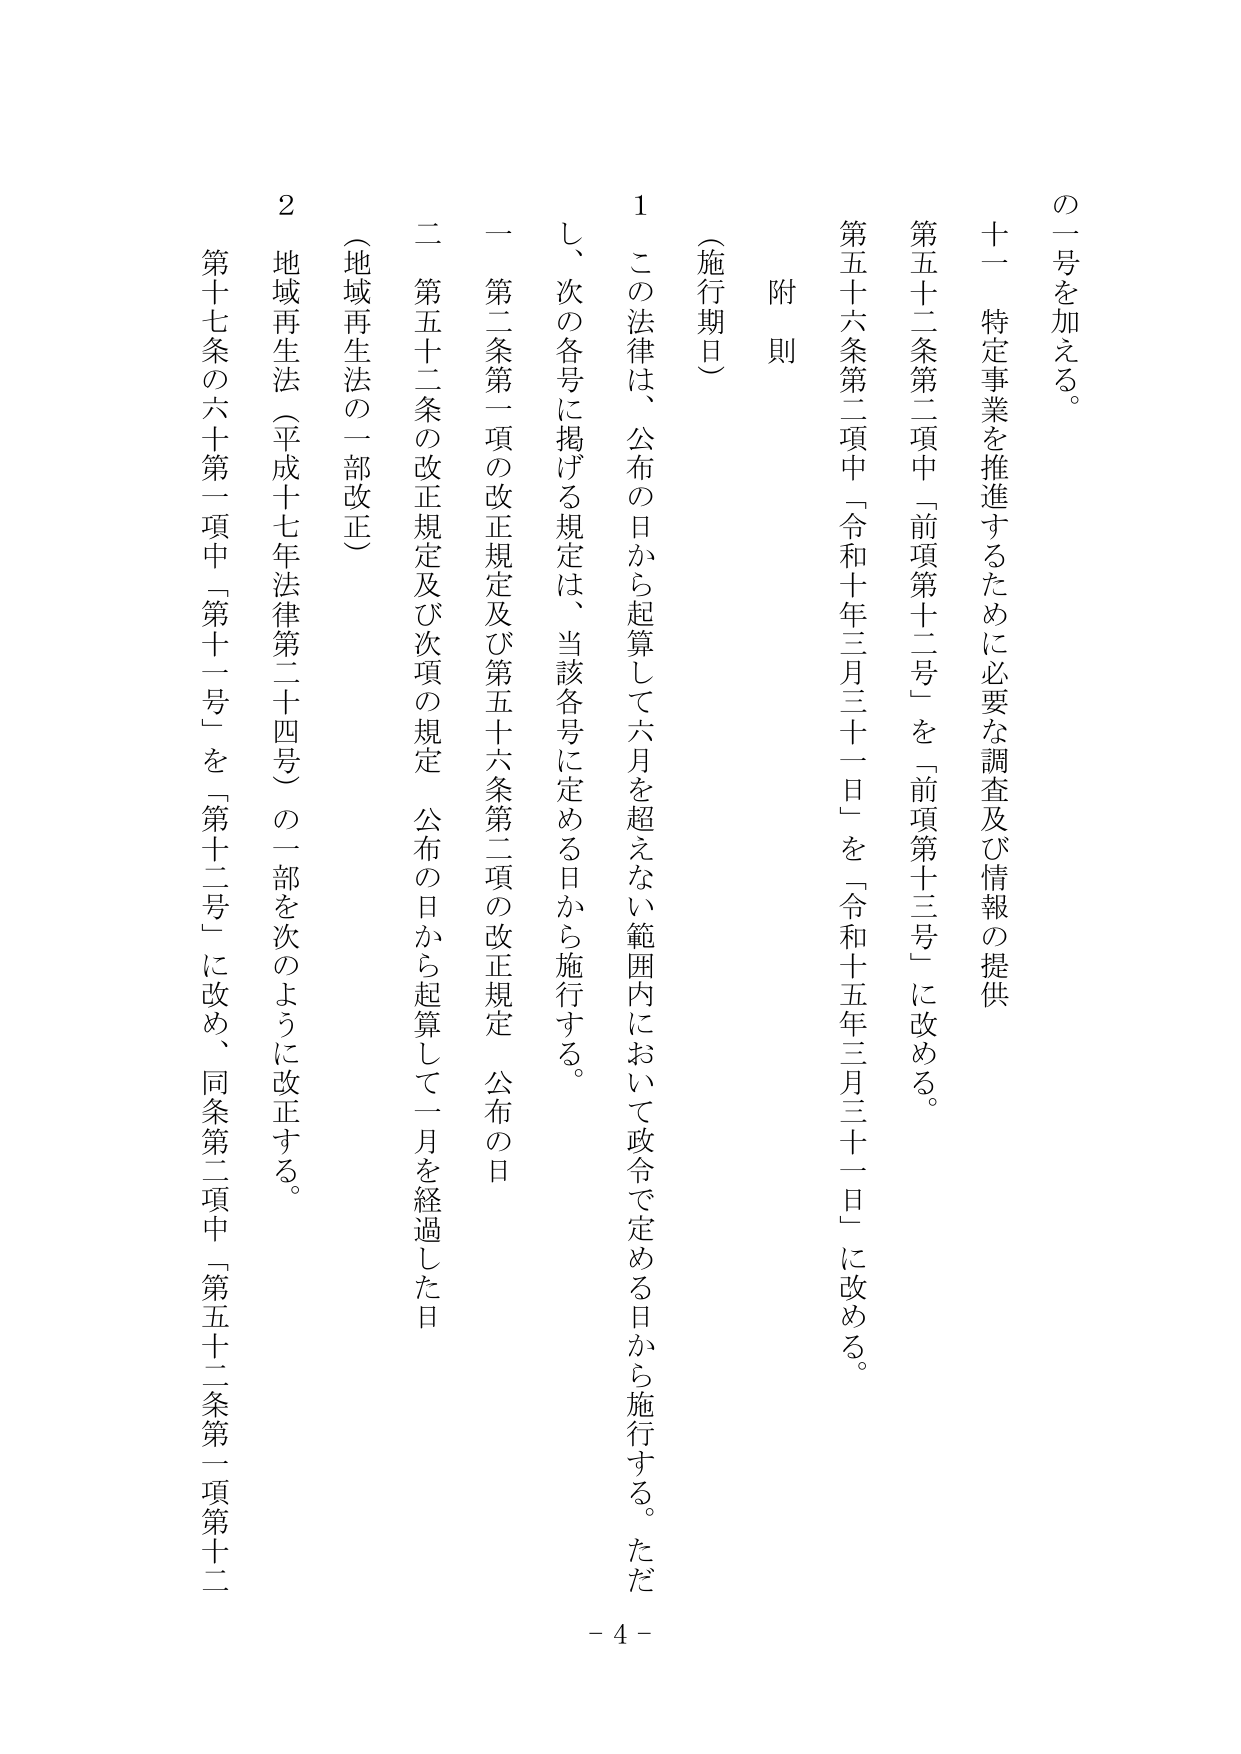
の一号を加える。

十一 特定事業を推進するために必要な調査及び情報の提供

第五十二条第二項中「前項第十二号」を「前項第十三号」に改める。

第五十六条第二項中「令和十年三月三十一日」を「令和十五年三月三十一日」に改める。

附則

（施行期日）

1 この法律は、公布の日から起算して六月を超えない範囲内において政令で定める日から施行する。ただし、次の各号に掲げる規定は、当該各号に定める日から施行する。

一 第二条第一項の改正規定及び第五十六条第二項の改正規定 公布の日

二 第五十二条の改正規定及び次項の規定 公布の日から起算して一月を経過した日

（地域再生法の一部改正）

2 地域再生法（平成十七年法律第二十四号）の一部を次のように改正する。

第十七条の六十一第一項中「第十一号」を「第十二号」に改め、同条第二項中「第五十二条第一項第十二